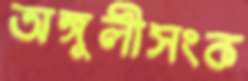
অঙ্গুলীসংক